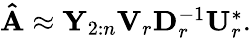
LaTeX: \begin{array}{r}{\mathbf{\hat{A}}\approx\mathbf{Y}_{2:n}\mathbf{V}_{r}\mathbf{D}_{r}^{-1}\mathbf{U}_{r}^{*}.}\end{array}